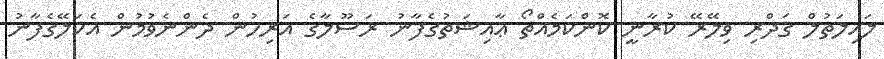
ލައިލަތުލް ޤަދްރި ވިލޭރޭ ކުރާނީ ކޮންކަމެއްތޯ ޢާއިޝަތުގެފާނު ރަސޫލާގެ އަރިހުން ދެންނެވުމުން އެކަލޭގެފާނު